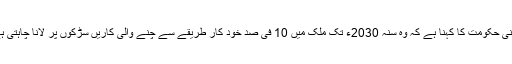
چینی حکومت کا کہنا ہے کہ وہ سنہ 2030ء تک ملک میں 10 فی صد خود کار طریقے سے چنے والی کاریں سڑکوں پر لانا چاہتی ہے۔